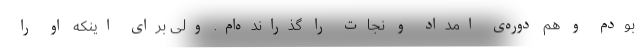
بودم و هم دوره‌ی امداد و نجات را گذرانده‌ام. ولی برای اینکه او را